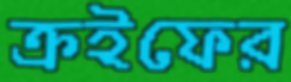
ক্রইফের